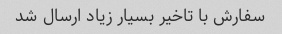
سفارش با تاخیر بسیار زیاد ارسال شد